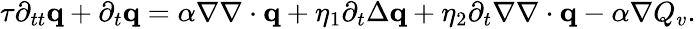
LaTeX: \begin{array}{r}{\tau\partial_{tt}\mathbf q+\partial_{t}\mathbf q=\alpha\nabla\nabla\cdot\mathbf q+\eta_{1}\partial_{t}\Delta\mathbf q+\eta_{2}\partial_{t}\nabla\nabla\cdot\mathbf q-\alpha\nabla Q_{v}.}\end{array}